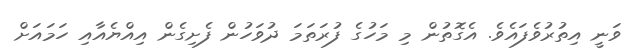
ވަނީ އިތުރުވެފައެވެ. އެގޮތުން މި މަހުގެ ފުރަތަމަ ދުވަހުން ފެށިގެން އިއްޔެއާއި ހަމައަށް